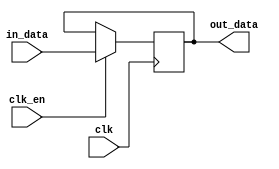
// 
// Copyright (c) 2011, Daniel Strother < http://danstrother.com/ >
// All rights reserved.
// 
// Redistribution and use in source and binary forms, with or without
// modification, are permitted provided that the following conditions are met:
//   - Redistributions of source code must retain the above copyright notice,
//     this list of conditions and the following disclaimer.
//   - Redistributions in binary form must reproduce the above copyright
//     notice, this list of conditions and the following disclaimer in the
//     documentation and/or other materials provided with the distribution.
//   - The name of the author may not be used to endorse or promote products
//     derived from this software without specific prior written permission.
// 
// THIS SOFTWARE IS PROVIDED BY THE AUTHOR "AS IS" AND ANY EXPRESS OR IMPLIED
// WARRANTIES, INCLUDING, BUT NOT LIMITED TO, THE IMPLIED WARRANTIES OF
// MERCHANTABILITY AND FITNESS FOR A PARTICULAR PURPOSE ARE DISCLAIMED. IN NO
// EVENT SHALL THE AUTHOR BE LIABLE FOR ANY DIRECT, INDIRECT, INCIDENTAL,
// SPECIAL, EXEMPLARY, OR CONSEQUENTIAL DAMAGES (INCLUDING, BUT NOT LIMITED
// TO, PROCUREMENT OF SUBSTITUTE GOODS OR SERVICES; LOSS OF USE, DATA, OR
// PROFITS; OR BUSINESS INTERRUPTION) HOWEVER CAUSED AND ON ANY THEORY OF
// LIABILITY, WHETHER IN CONTRACT, STRICT LIABILITY, OR TORT (INCLUDING
// NEGLIGENCE OR OTHERWISE) ARISING IN ANY WAY OUT OF THE USE OF THIS
// SOFTWARE, EVEN IF ADVISED OF THE POSSIBILITY OF SUCH DAMAGE.
//

// Module Description:
// Same as dlsc_pipedelay, but includes a clock enable input.

module dlsc_pipedelay_clken #(
    parameter DATA      = 32,
    parameter DELAY     = 1
) (
    input   wire                clk,
    input   wire                clk_en,

    input   wire    [DATA-1:0]  in_data,

    output  wire    [DATA-1:0]  out_data
);

generate
    integer i;
    genvar j;

    if(DELAY == 0) begin:GEN_DELAY0

        assign out_data     = in_data;

    end else if(DELAY == 1) begin:GEN_DELAY1

        reg [DATA-1:0] out_data_r0;

        always @(posedge clk) if(clk_en)
            out_data_r0 <= in_data;

        assign out_data  = out_data_r0;

    end else begin:GEN_DELAYN

        reg [DATA-1:0] mem[DELAY-2:0];
        reg [DATA-1:0] out_data_r;

        always @(posedge clk) if(clk_en) begin
            out_data_r  <= mem[DELAY-2];
            for(i=(DELAY-2);i>=1;i=i-1) begin
                mem[i]      <= mem[i-1];
            end
            mem[0]      <= in_data;
        end

        assign out_data = out_data_r;

    end
endgenerate

endmodule